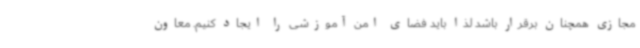
مجازی همچنان برقرار باشد لذا باید فضای امن آموزشی را ایجاد کنیم. معاون